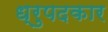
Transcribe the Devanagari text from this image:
ध्रुपदकार